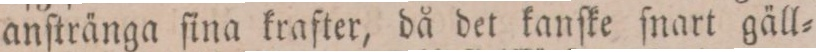
anſtränga ſina krafter, då det kanſke ſnart gäll=